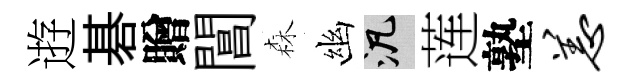
逰碁贈閶森幽泛莲塾恙